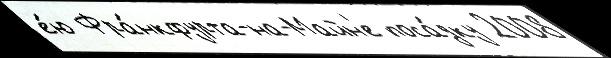
е́ю Фра́нкфурта-на-Майн'е поса́дку 2008